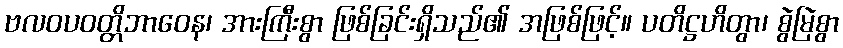
ဗလဝပဝတ္တိဘာဝေန၊ အားကြီးစွာ ဖြစ်ခြင်းရှိသည်၏ အဖြစ်ဖြင့်။ ပတိဋ္ဌဟိတွာ၊ စွဲမြဲစွာ